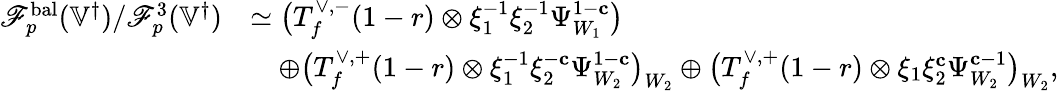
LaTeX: \begin{array}{rl}{\mathscr{F}_{p}^{\mathrm{bal}}({\mathbb{V}^{\dagger}})/\mathscr{F}_{p}^{3}({\mathbb{V}^{\dagger}})}&{\simeq\bigl(T_{f}^{\vee,-}(1-r)\otimes\xi_{1}^{-1}\xi_{2}^{-1}\Psi_{W_{1}}^{1-\mathbf{c}}\bigr)}\\ &{\quad\oplus\bigl(T_{f}^{\vee,+}(1-r)\otimes\xi_{1}^{-1}\xi_{2}^{-\mathbf{c}}\Psi_{W_{2}}^{1-\mathbf{c}}\bigr)_{W_{2}}\oplus\bigl(T_{f}^{\vee,+}(1-r)\otimes\xi_{1}\xi_{2}^{\mathbf{c}}\Psi_{W_{2}}^{\mathbf{c}-1}\bigr)_{W_{2}},}\end{array}